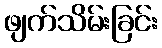
ဖျက်သိမ်းခြင်း